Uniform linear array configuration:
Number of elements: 12
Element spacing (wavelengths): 0.5
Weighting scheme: uniform
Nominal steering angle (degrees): -30
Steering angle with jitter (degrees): -31.051
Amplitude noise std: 0.05
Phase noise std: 0.05

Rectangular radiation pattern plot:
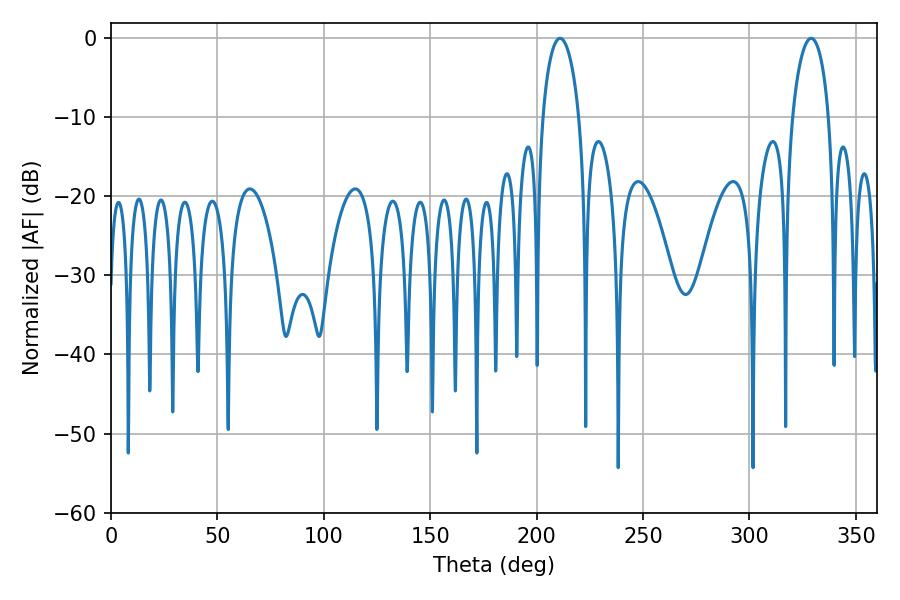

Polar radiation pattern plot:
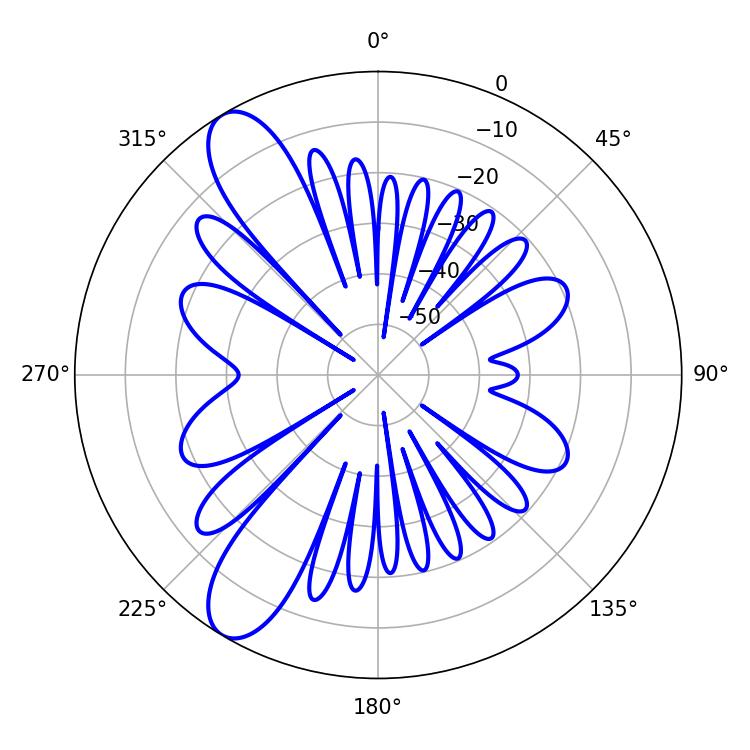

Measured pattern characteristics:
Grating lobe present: FALSE
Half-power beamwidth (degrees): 9.72
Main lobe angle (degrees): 210.96